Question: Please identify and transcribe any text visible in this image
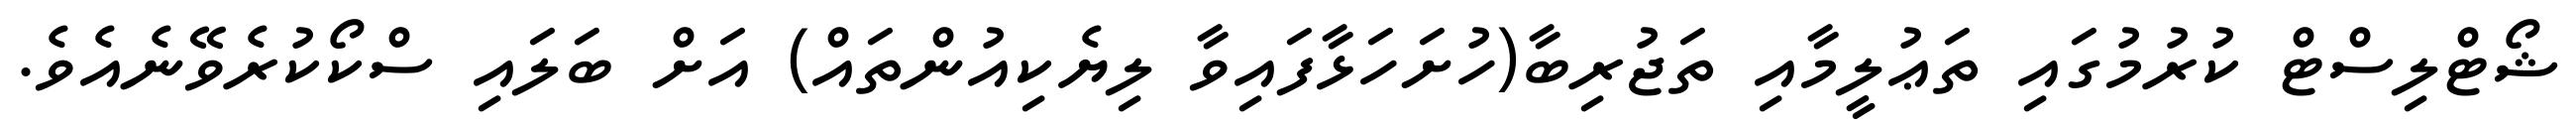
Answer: ޝޯޓްލިސްޓް ކުރުމުގައި ތަޢުލީމާއި ތަޖުރިބާ(ހުށަހަޅާފައިވާ ލިޔެކިއުންތައް) އަށް ބަލައި ސްކޯކުރެވޭނެއެވެ.